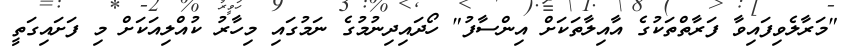
"މަރާލެވިފައިވާ ފަރާތްތަކުގެ އާއިލާތަކަށް އިންސާފު" ހޯދައިދިނުމުގެ ނަމުގައި މިހާރު ކުއްލިއަކަށް މި ފަށައިގަތީ